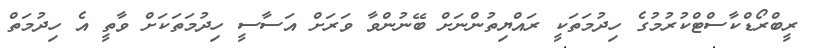
ރީބްރޯޑްކާސްޓްކުރުމުގެ ހިދުމަތަކީ ރައްޔިތުންނަށް ބޭނުންވާ ވަރަށް އަސާސީ ހިދުމަތަކަށް ވާތީ އެ ހިދުމަތް